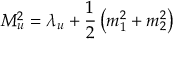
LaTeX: M _ { u } ^ { 2 } = \lambda _ { u } + \frac { 1 } { 2 } \left( m _ { 1 } ^ { 2 } + m _ { 2 } ^ { 2 } \right)